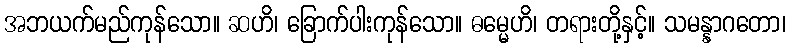
အဘယက်မည်ကုန်သော။ ဆဟိ၊ ခြောက်ပါးကုန်သော။ ဓမ္မေဟိ၊ တရားတို့နှင့်။ သမန္နာဂတော၊